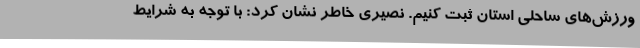
ورزش‌های ساحلی استان ثبت کنیم. نصیری خاطر نشان کرد: با توجه به شرایط